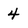
Character: 4